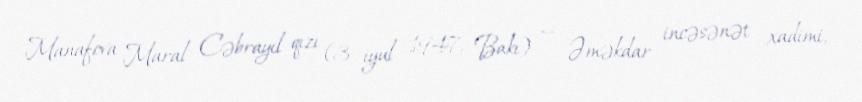
Manafova Maral Cəbrayıl qızı (3 iyul 1947, Bakı) — Əməkdar incəsənət xadimi,